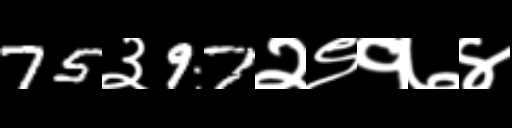
Text: 75३97२९१७४